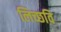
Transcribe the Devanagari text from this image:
लिच्‍छवि